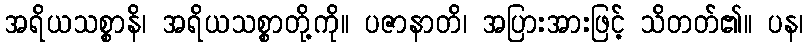
အရိယသစ္စာနိ၊ အရိယသစ္စာတို့ကို။ ပဇာနာတိ၊ အပြားအားဖြင့် သိတတ်၏။ ပန၊